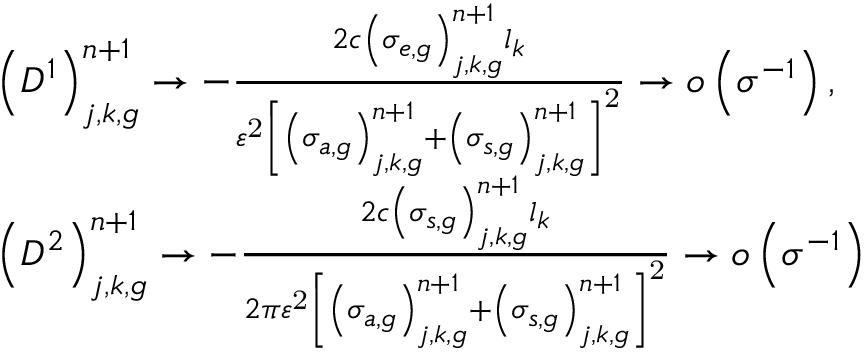
\begin{array} { l } { { \left( D ^ { 1 } \right) _ { j , k , g } ^ { n + 1 } \to - \frac { 2 c \left( \sigma _ { e , g } \right) _ { j , k , g } ^ { n + 1 } l _ { k } } { \varepsilon ^ { \mathrm { 2 } } \left[ \left( \sigma _ { a , g } \right) _ { j , k , g } ^ { n + 1 } + \left( \sigma _ { s , g } \right) _ { j , k , g } ^ { n + 1 } \right] ^ { \mathrm { 2 } } } \to o \left( \sigma ^ { - 1 } \right) \mathrm { , } } } \\ { { \left( D ^ { 2 } \right) _ { j , k , g } ^ { n + 1 } \to - \frac { 2 c \left( \sigma _ { s , g } \right) _ { j , k , g } ^ { n + 1 } l _ { k } } { 2 \pi \varepsilon ^ { \mathrm { 2 } } \left[ \left( \sigma _ { a , g } \right) _ { j , k , g } ^ { n + 1 } + \left( \sigma _ { s , g } \right) _ { j , k , g } ^ { n + 1 } \right] ^ { \mathrm { 2 } } } \to o \left( \sigma ^ { - 1 } \right) } } \end{array}